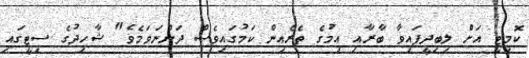
ކޮމިޓީ އަށް ލިބިދީފައިވާ ބާރާއި އިމުގެ ތެރެއިން ކަމުގައިވެސް ދަންނަވަމެވެ" ޝާހިދުގެ ސިޓީގައި